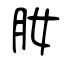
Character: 肗